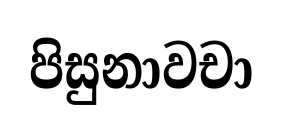
පිසුනාවචා